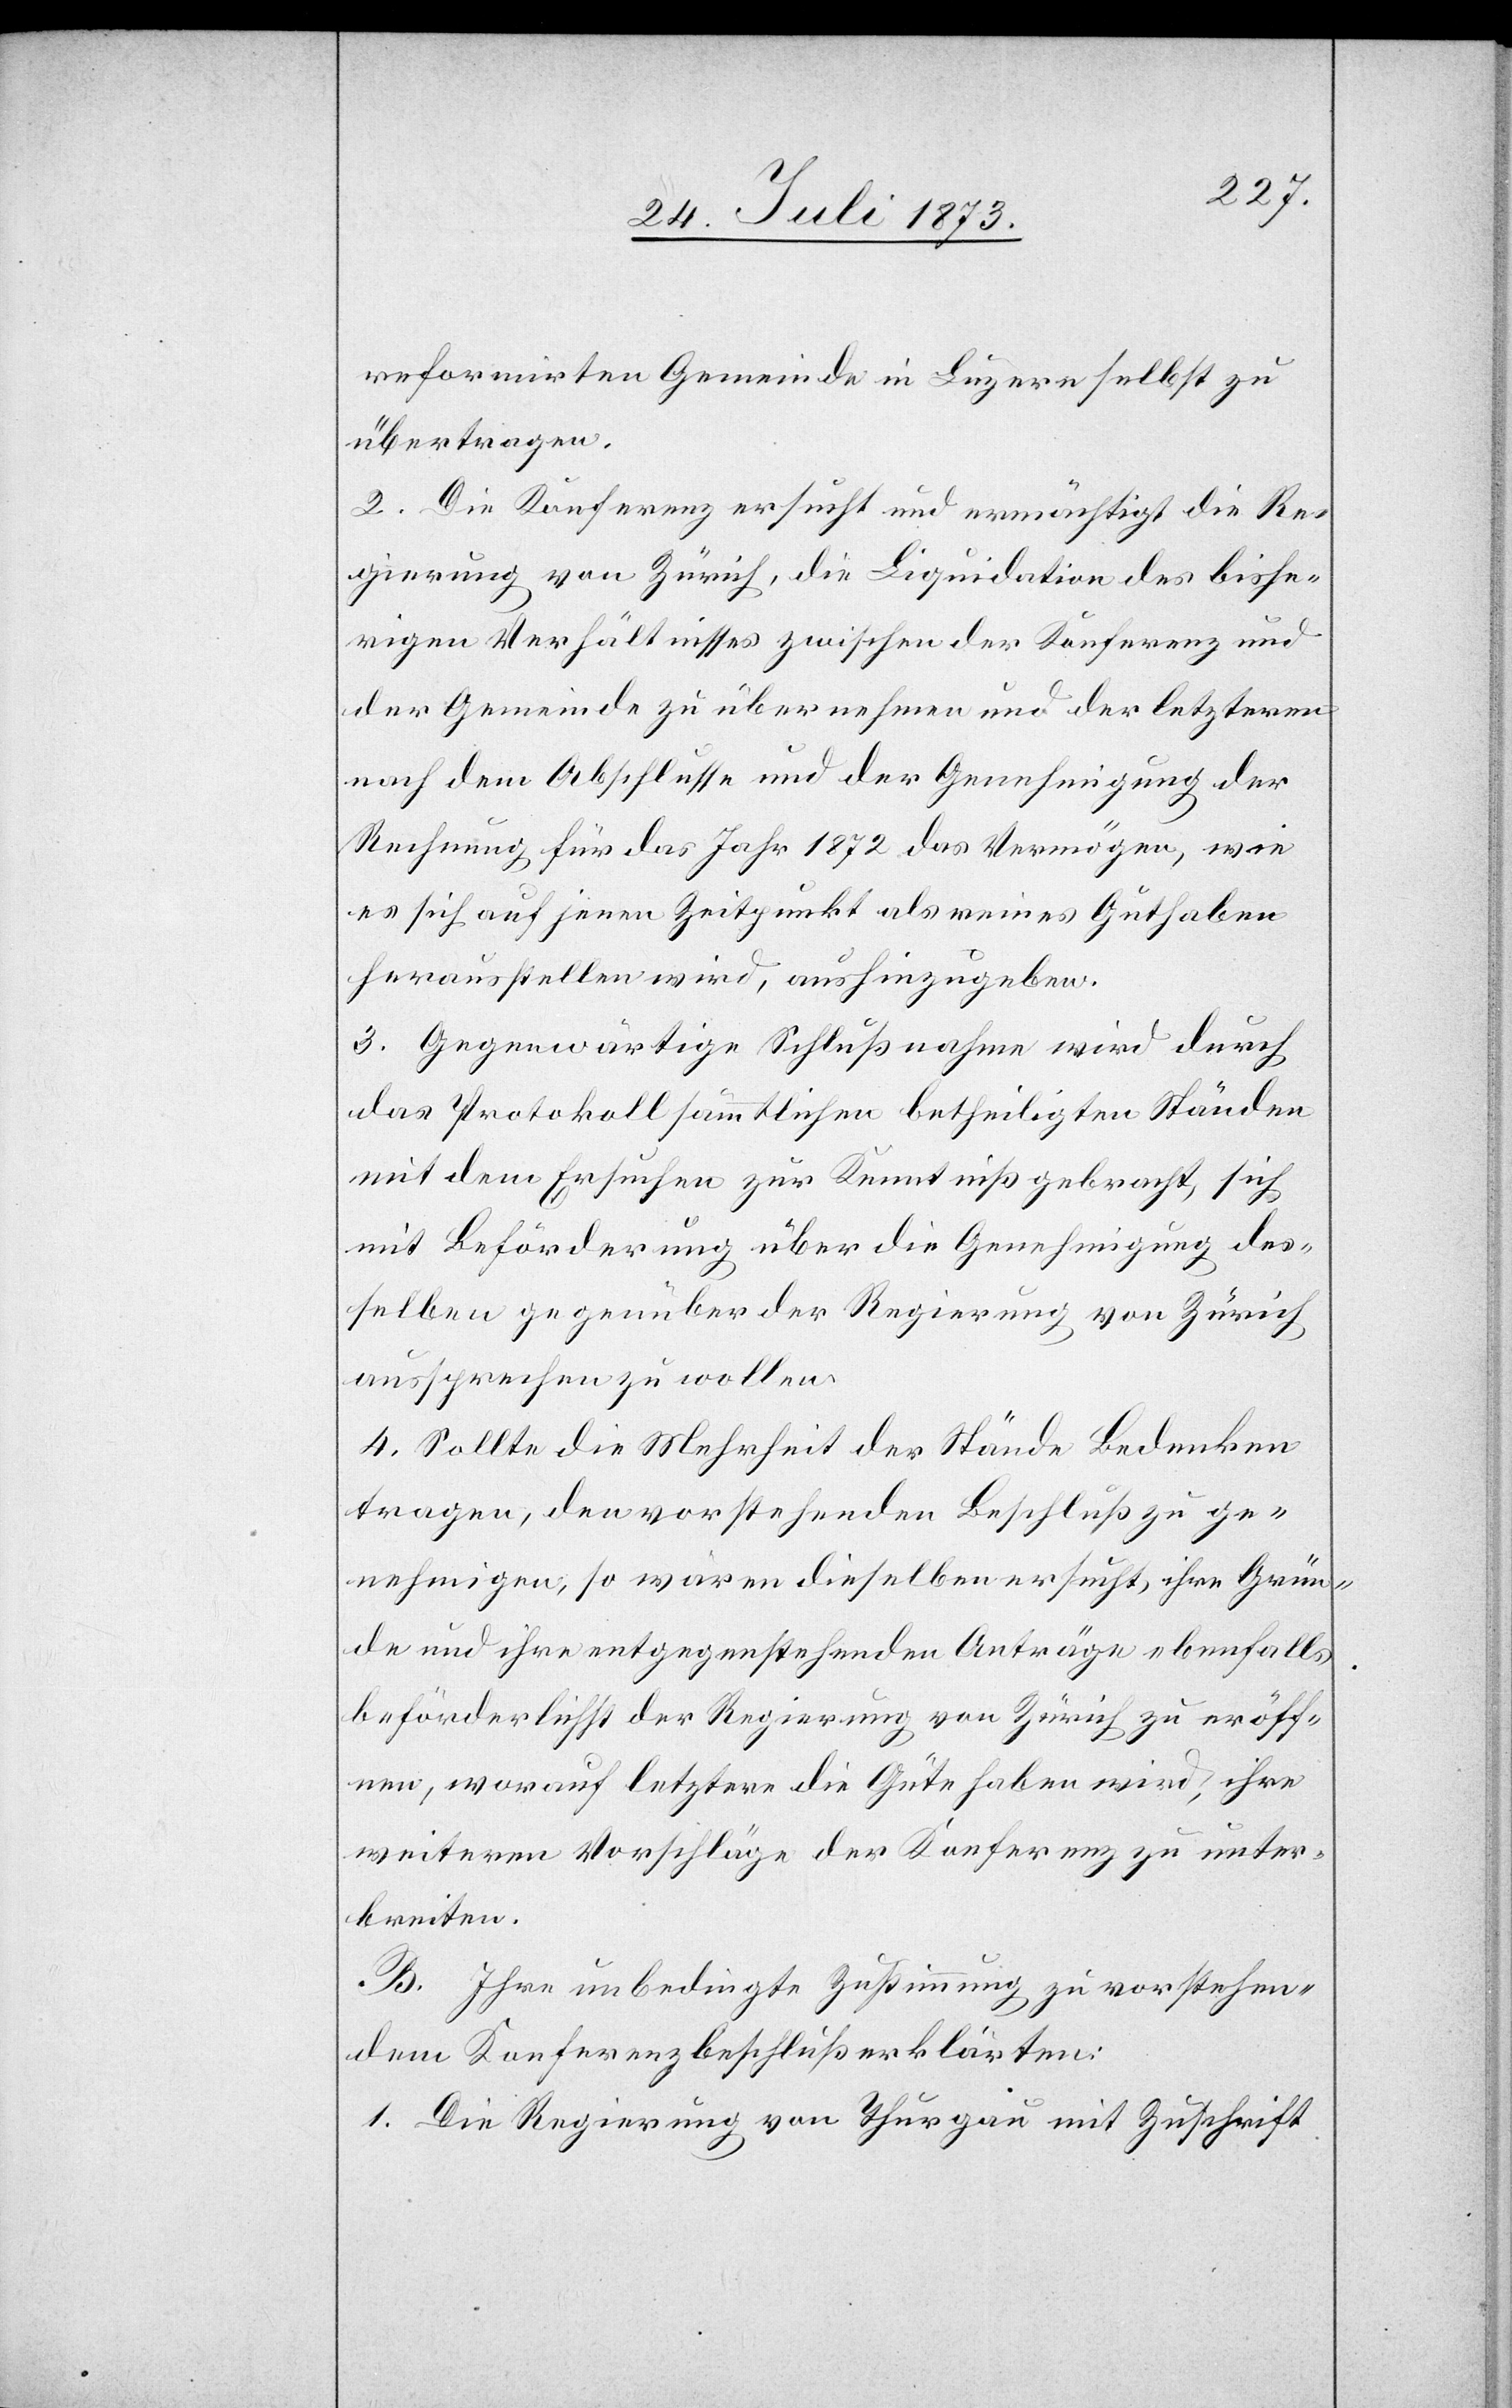
reformirten Gemeinde in Luzern selbst zu
übertragen.
2. Die Konferenz ersucht und ermächtigt die Re¬
gierung von Zürich, die Liquidation des bishe¬
rigen Verhältnisses zwischen der Konferenz und
der Gemeinde zu übernehmen und der letzteren
nach dem Abschlusse und der Genehmigung der
Rechnung für das Jahr 1872 das Vermögen, wie
es sich auf jenen Zeitpunkt als reines Guthaben
herausstellen wird, aushinzugeben.
3. Gegenwärtige Schlußnahme wird durch
das Protokoll sämmtlichen betheiligten Ständen
mit dem Ersuchen zur Kenntniß gebracht, sich
mit Beförderung über die Genehmigung des¬
selben gegenüber der Regierung von Zürich
aussprechen zu wollen.
4. Sollte die Mehrheit der Stände Bedenken
tragen, den vorstehenden Beschluß zu ge¬
nehmigen, so wären dieselben ersucht, ihre Grün¬
de und ihre entgegenstehenden Anträge ebenfalls
beförderlichst der Regierung von Zürich zu eröff¬
nen, worauf letztere die Güte haben wird, ihre
weiteren Vorschläge der Konferenz zu unter¬
breiten.
B. Ihre unbedingte Zustimmung zu vorstehen¬
dem Konferenzbeschluß erklärten:
1. Die Regierung von Thurgau mit Zuschrift